Vaccination report Assam 1874-1896 - 1874-1896
Year: 1874
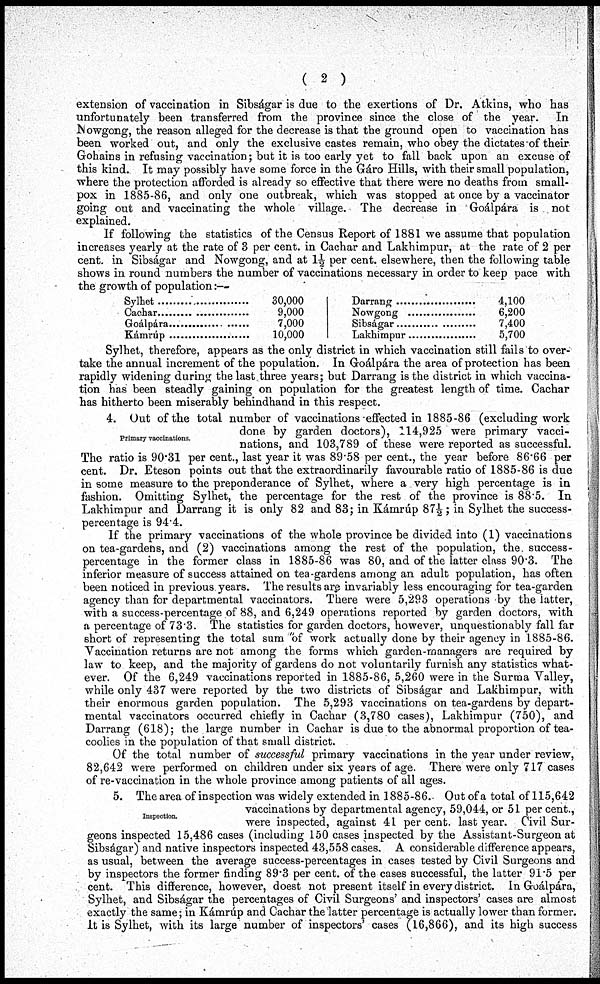
(2)
extension of vaccination in Sibságar is due to the exertions of Dr. Atkins, who has
unfortunately been transferred from the province since the close of the year. In
Nowgong, the reason alleged for the decrease is that the ground open to vaccination has
been, worked out, and only the exclusive castes remain, who obey the dictates of their
Gohains in refusing vaccination; but it is too early yet to fall back upon an excuse of
this kind. It may possibly have some force in the Gáro Hills, with their small population,
where the protection afforded is already so effective that there were no deaths from small-
pox in 1885-86, and only one outbreak, which was stopped at once by a vaccinator
going out and vaccinating the whole village. The decrease in Goálpára is not
explained.
If following the statistics of the Census Report of 1881 we assume that population
increases yearly at the rate of 3 per cent. in Cachar and Lakhimpur, at the rate of 2 per
cent. in Sibságar and Nowgong, and at 1½ per cent. elsewhere, then the following table
shows in round numbers the number of vaccinations necessary in order to keep pace with
the growth of population:—
Sylhet..............
Cachar..............
Goálpára..............
Kámrúp..............
30,000
9,000
7,000
10,000
Darrang..............
Nowgong..............
Sibságar..............
Lakhimpur..............
4,100
6,200
7,400
5,700
Sylhet, therefore, appears as the only district in which vaccination still fails to over-
take the annual increment of the population. In Goálpára the area of protection has been
rapidly widening during the last three years; but Darrang is the district in which vaccina-
tion has been steadly gaining on population for the greatest length of time. Cachar
has hitherto been miserably behindhand in this respect.
Primary vaccinations.
4. Out of the total number of vaccinations effected in 1885-86 (excluding work
done by garden doctors), 114,925 were primary vacci-
nations, and 103,789 of these were reported as successful.
The ratio is 90.31 per cent., last year it was 89.58 per cent., the year before 86.66 per
cent. Dr. Eteson points out that the extraordinarily favourable ratio of 1885-86 is due
in some measure to the preponderance of Sylhet, where a very high percentage is in
fashion. Omitting Sylhet, the percentage for the rest of the province is 88.5. In
Lakhimpur and Darrang it is only 82 and 83; in Kámrúp 87½; in Sylhet the success-
percentage is 94.4.
If the primary vaccinations of the whole province be divided into (1) vaccinations
on tea-gardens, and (2) vaccinations among the rest of the population, the success-
percentage in the former class in 1885-86 was 80, and of the latter class 90.3. The
inferior measure of success attained on tea-gardens among an adult population, has often
been noticed in previous years. The results are invariably less encouraging for tea-garden
agency than for departmental vaccinators. There were 5,293 operations by the latter,
with a success-percentage of 88, and 6,249 operations reported by garden doctors, with
a percentage of 73.3. The statistics for garden doctors, however, unquestionably fall far
short of representing the total sum "of work actually done by their agency in 1885-86.
Vaccination returns are not among the forms which garden-managers are required by
law to keep, and the majority of gardens do not voluntarily furnish any statistics what-
ever. Of the 6,249 vaccinations reported in 1885-86, 5,260 were in the Surma Valley,
while only 437 were reported by the two districts of Sibságar and Lakhimpur, with
their enormous garden population. The 5,293 vaccinations on tea-gardens by depart-
mental vaccinators occurred chiefly in Cachar (3,780 cases), Lakhimpur (750), and
Darrang (618); the large number in Cachar is due to the abnormal proportion of tea-
coolies in the population of that small district.
Of the total number of successful primary vaccinations in the year under review,
82,642 were performed on children under six years of age. There were only 717 cases
of re-vaccination in the whole province among patients of all ages.
Inspection.
5. The area of inspection was widely extended in 1885-86. Out of a total of 115,642
vaccinations by departmental agency, 59,044, or 51 per cent.,
were inspected, against 41 per cent. last year. Civil Sur-
geons inspected 15,486 cases (including 150 cases inspected by the Assistant-Surgeon at
Sibságar) and native inspectors inspected 43,558 cases. A considerable difference appears,
as usual, between the average success-percentages in cases tested by Civil Surgeons and
by inspectors the former finding 89.3 per cent. of the cases successful, the latter 91.5 per
cent. This difference, however, doest not present itself in every district. In Goálpára,
Sylhet, and Sibságar the percentages of Civil Surgeons' and inspectors' cases are almost
exactly the same; in Kámrúp and Cachar the latter percentage is actually lower than former.
It is Sylhet, with its large number of inspectors' cases (16,866), and its high success